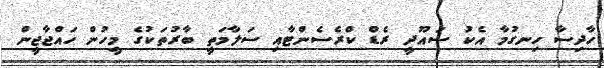
ހާދިސާ ހިނގުމާ އެކު ސައޫދީ ރެޑް ކްރެސެންޓާއި ސަލާމަތީ ބާރުތަކުގެ މީހުން ހައްޖާޖީން